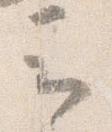
云